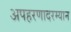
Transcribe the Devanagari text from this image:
अपहरणादरम्यान